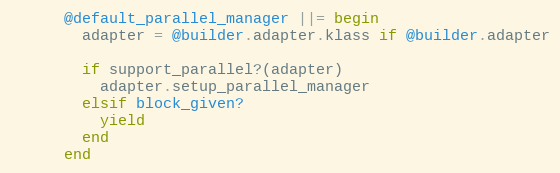
Language: Ruby
      @default_parallel_manager ||= begin
        adapter = @builder.adapter.klass if @builder.adapter

        if support_parallel?(adapter)
          adapter.setup_parallel_manager
        elsif block_given?
          yield
        end
      end